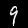
Digit: 9